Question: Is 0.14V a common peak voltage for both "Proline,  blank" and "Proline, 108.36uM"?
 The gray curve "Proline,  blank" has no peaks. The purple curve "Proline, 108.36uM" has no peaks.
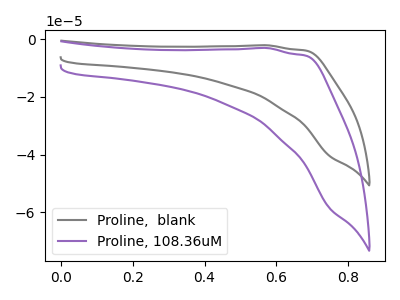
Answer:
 <answer>No, "Proline,  blank" and "Proline, 108.36uM" dont share a peak at 0.14V.</answer>
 <eval>mismatch</eval>